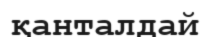
қанталдай